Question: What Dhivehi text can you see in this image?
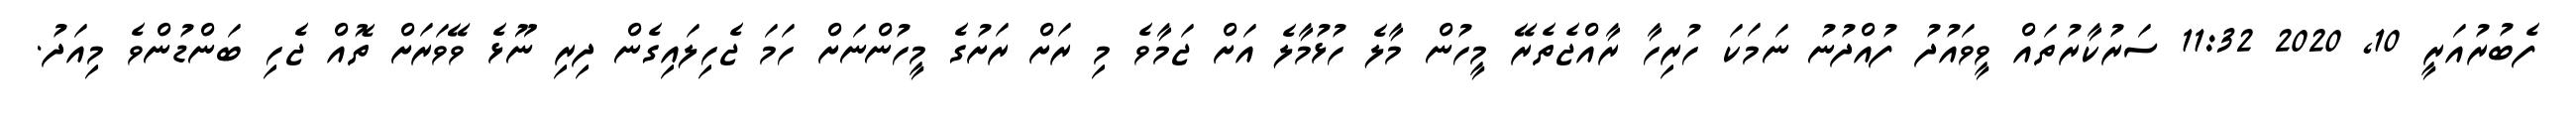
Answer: ފެބުރުއަރީ 10, 2020 11:32 ސަރުކާރުތައް ވީވައުދު ފުއްދުނު ނަމަކަ ހުރިހާ ރާއްޖެތެރޭ މީހުން މާލެ ހުޅުމާލެ އަށް ޖަމާވެ މި ރަށް ރަށުގެ މީހުންނަށް ހަމަ ޖެހިލައިގެން ދިރި ނޫޅެ ވޭވަރަށް ތޮއް ޖެހި ބަންޑުންވެ މިއަދު.